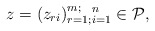
\begin{align*}z = (z_{ri})_{r =1;}^{m;}{}_{i = 1}^{n} \in {\cal P}, \end{align*}